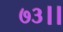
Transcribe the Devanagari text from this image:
७३।।